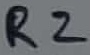
Text: R2